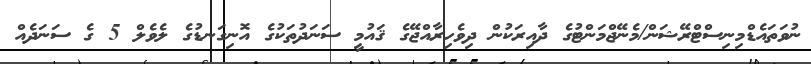
ނުވަތައެޑްމިނިސްޓްރޭޝަން/މެނޭޖްމަންޓުގެ ދާއިރަކުން ދިވެހިރާއްޖޭގެ ޤައުމީ ސަނަދުތަކުގެ އޮނިގަނޑުގެ ލެވެލް 5 ގެ ސަނަދެއް